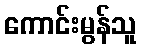
ကောင်းမွန်သူ